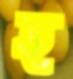
হ